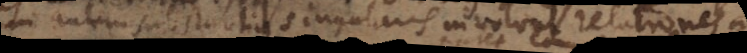
Cum autem substantia singularis involvat relationes